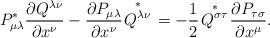
LaTeX: \begin{align*}P_{\mu\lambda}^{\ast}\frac{\partial Q^{\lambda\nu}}{\partial x^{\nu}}-\frac{\partial P_{\mu\lambda}}{\partial x^{\nu}}\overset{\ast}{\left.Q^{\lambda\nu}\right. }=-\frac{1}{2}\overset{\ast}{\left. Q^{\sigma\tau}\right. }\frac{\partial P_{\tau\sigma}}{\partial x^{\mu}}. \end{align*}